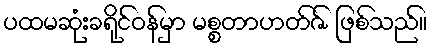
ပထမဆုံးခရိုင်ဝန်မှာ မစ္စတာဟတ်ဇ် ဖြစ်သည်။